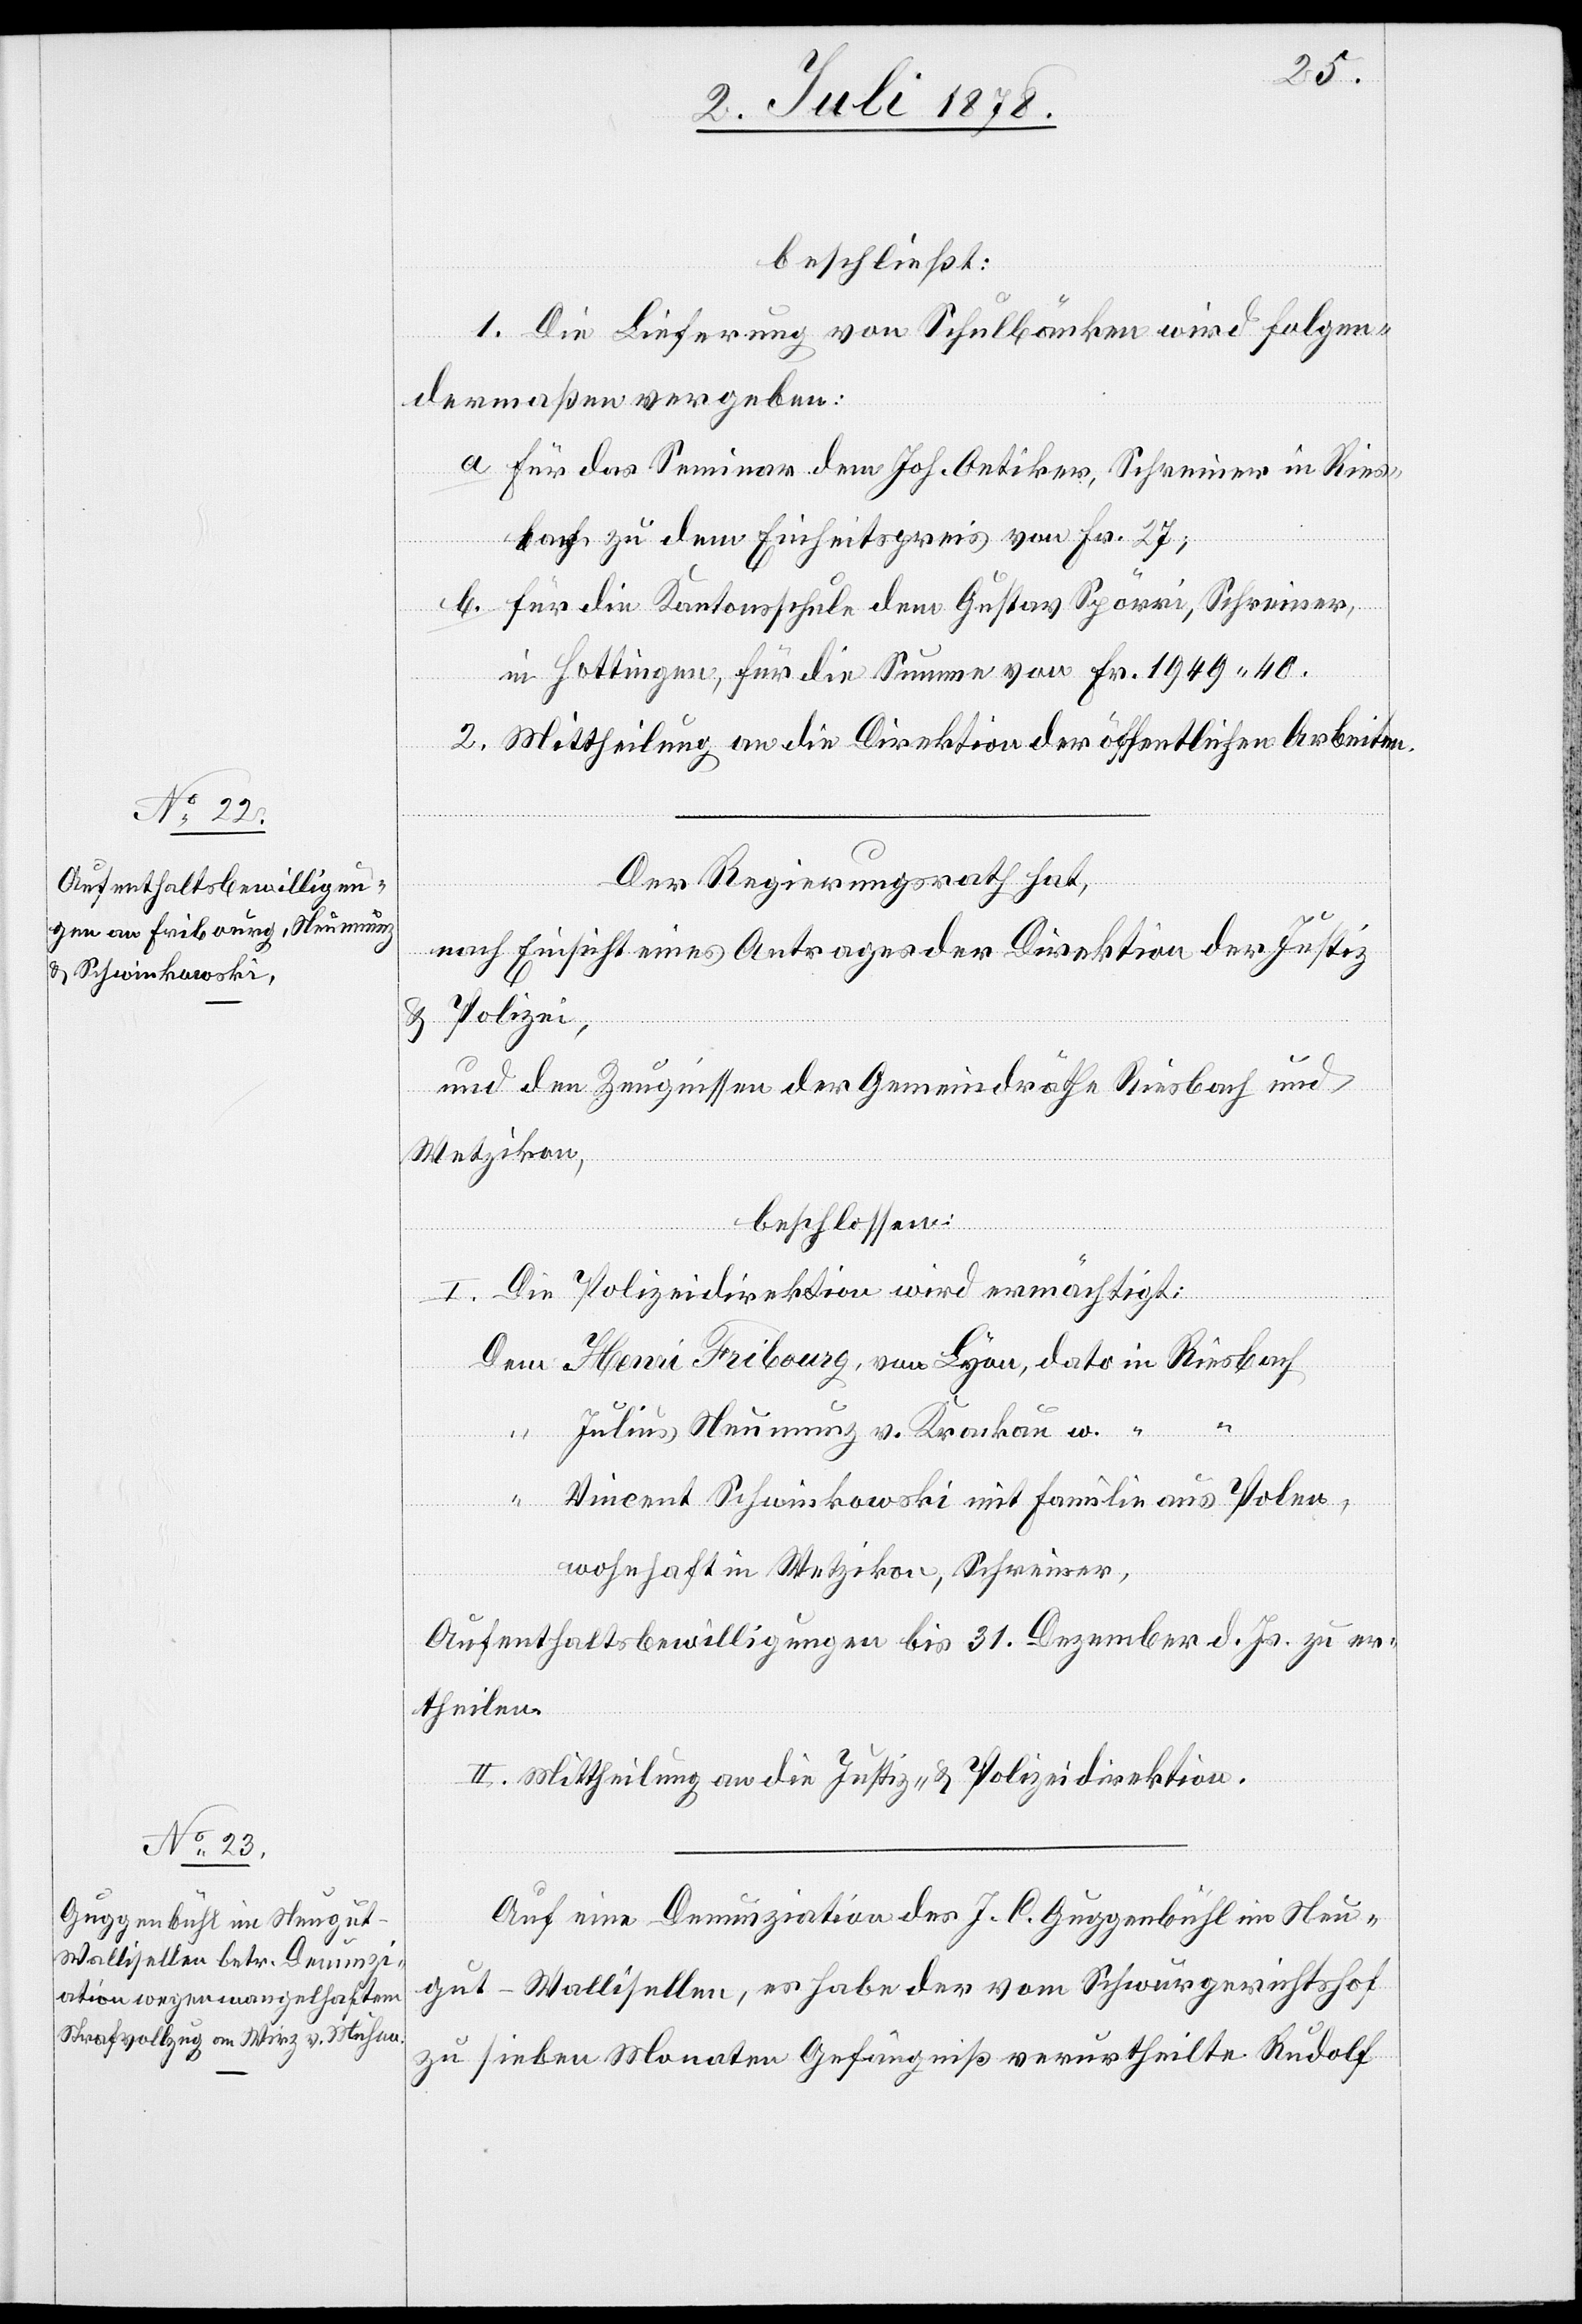
beschließt:
1. Die Lieferung von Schulbänken wird folgen¬
dermaßen vergeben:
a. für das Seminar dem Joh. Oetiker, Schreiner in Ries¬
bach zu dem Einheitspreis von Fr. 27;
b. für die Kantonsschule dem Gustav Spörri, Schreiner,
in Hottingen, für die Summe von Fr. 1949. 40.
2. Mittheilung an die Direktion der öffentlichen Arbeiten.
“
Der Regierungsrath hat,
nach Einsicht eines Antrages der Direktion der Justiz
& Polizei,
und den Zeugnissen der Gemeindräthe Riesbach und
Wetzikon,
beschlossen:
I. Die Polizeidirektion wird ermächtigt:
Dem Henri Fribourg, von Lyon, dato in Riesbach
“ Julius Neumunz v. Krakau, w. “
Vincent Schwirkowski mit Familie aus Polen,
wohnhaft in Wetzikon, Schreiner,
Aufenthaltsbewilligungen bis 31. Dezember d. Js. zu er¬
theilen.
II. Mittheilung an die Justiz- & Polizeidirektion.
Auf eine Denunziation des J. C. Guggenbühl im Neu¬
gut - Wallisellen, es habe der vom Schwurgerichtshof
zu sieben Monaten Gefängniß verurtheilte Rudolf